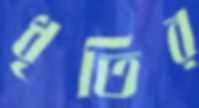
ধৃতির